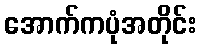
အောက်ကပုံအတိုင်း